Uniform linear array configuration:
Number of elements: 12
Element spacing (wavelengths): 1
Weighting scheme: uniform
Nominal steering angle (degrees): -45
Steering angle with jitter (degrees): -43.107
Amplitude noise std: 0.05
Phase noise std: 0.05

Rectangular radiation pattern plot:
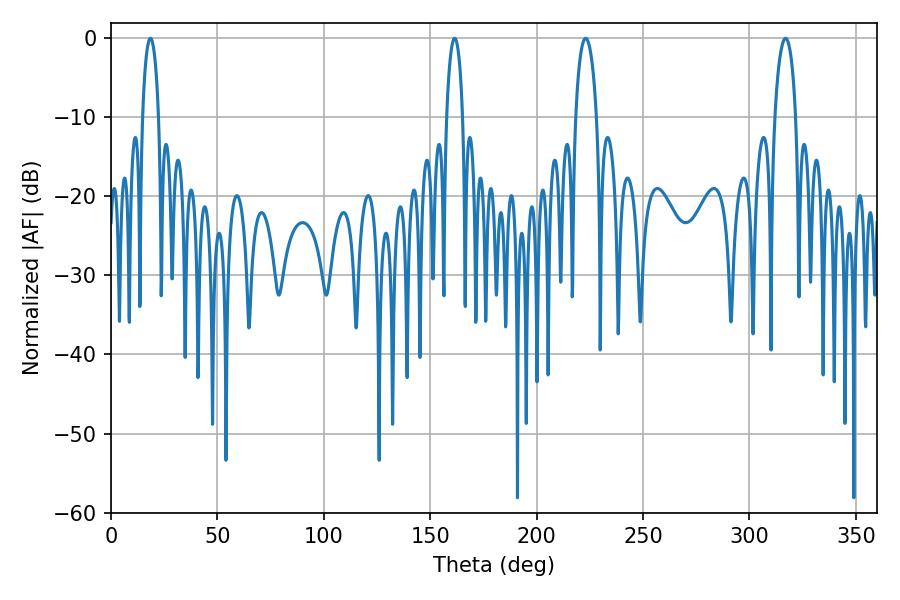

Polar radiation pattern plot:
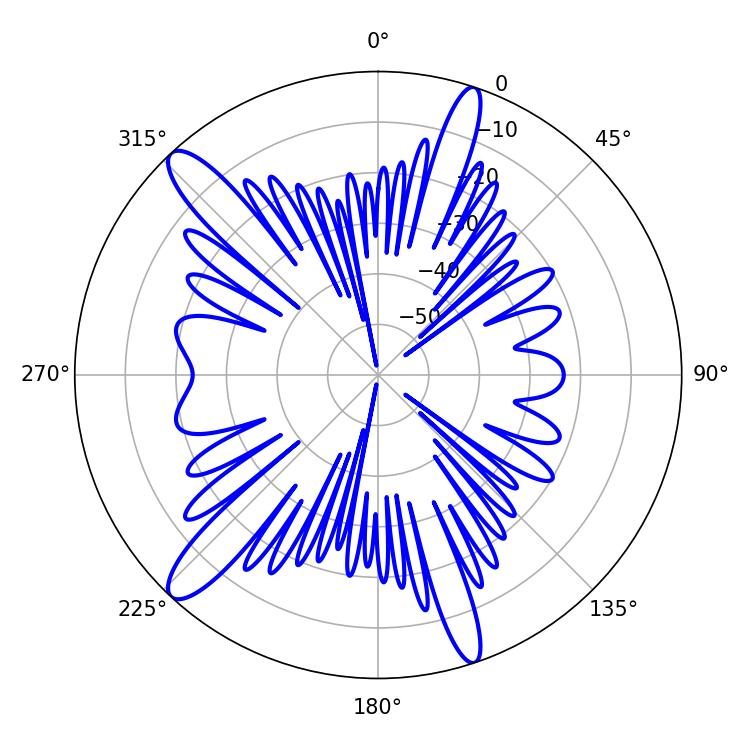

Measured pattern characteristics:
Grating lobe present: TRUE
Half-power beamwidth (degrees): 5.58
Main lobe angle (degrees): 223.02